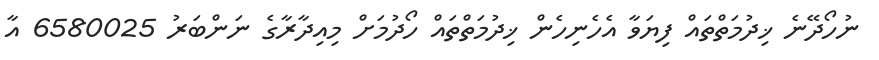
ނުހޯދޭނެ ޚިދުމަތްތައް ފިޔަވާ އެހެނިހެން ޚިދުމަތްތައް ހޯދުމަށް މިއިދާރާގެ ނަންބަރު 6580025 އާ